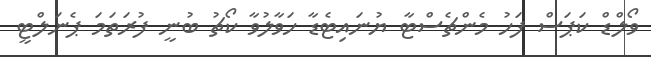
ވޯލްޑް ކަޕަސް ފަހު މެންޗެސްޓާ ޔުނައިޓެޑާ ހަވާލުވާ ކޯޗު ބުނީ ފުރަތަމަ ޕެނަލްޓީ